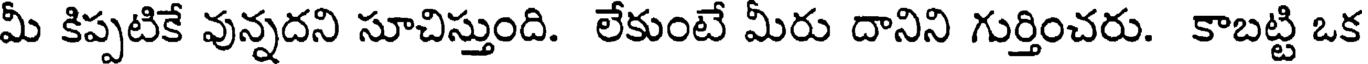
మీ కిప్పటికే వున్నదని సూచిస్తుంది. లేకుంటే మీరు దానిని గుర్తించరు. కాబట్టి ఒక